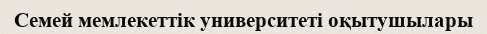
Семей мемлекеттік университеті оқытушылары